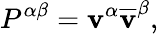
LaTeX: P^{\alpha\beta}=\mathbf{v}^{\alpha}\overline{{{{\mathbf{v}}}}}^{\beta},